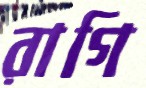
রাগি